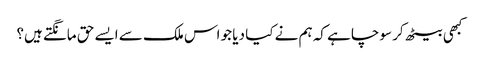
کبھی بیٹھ کر سوچا ہے کہ ہم نے کیا دیا جو اس ملک سے ایسے حق مانگتے ہیں؟